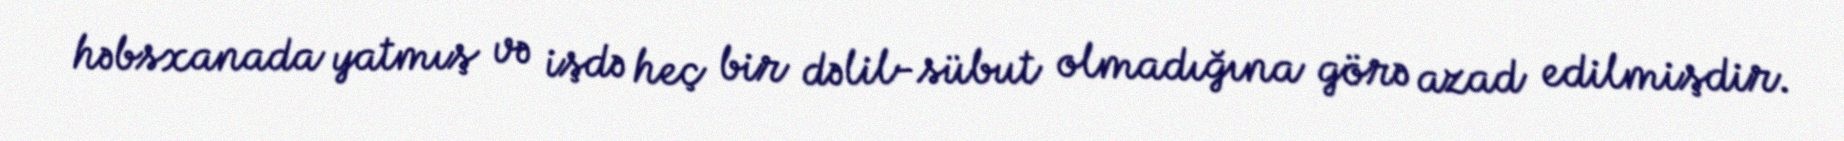
həbsxanada yatmış və işdə heç bir dəlil-sübut olmadığına görə azad edilmişdir.